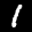
Label: 1